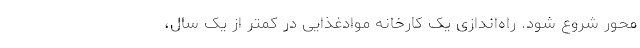
محور شروع شود. راه‌اندازی یک کارخانه موادغذایی در کمتر از یک سال،